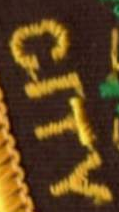
CITY